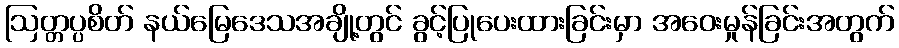
ဩတ္တပ္ပစိတ် နယ်မြေဒေသအချို့တွင် ခွင့်ပြုပေးထားခြင်းမှာ အဝေးမှုန်ခြင်းအတွက်